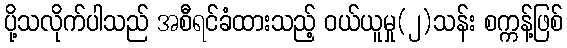
ပို့သလိုက်ပါသည် အစီရင်ခံထားသည့် ဝယ်ယူမှု(၂)သန်း စက္ကန့်ဖြစ်